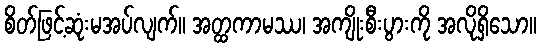
စိတ်ဖြင့်ဆုံးမအပ်လျက်။ အတ္ထကာမဿ၊ အကျိုးစီးပွားကို အလိုရှိသော။